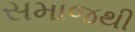
સમાજથી